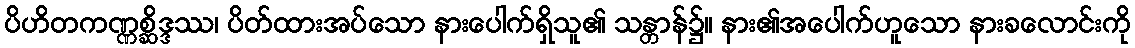
ပိဟိတကဏ္ဏစ္ဆိဒ္ဒဿ၊ ပိတ်ထားအပ်သော နားပေါက်ရှိသူ၏ သန္တာန်၌။ နား၏အပေါက်ဟူသော နားခလောင်းကို